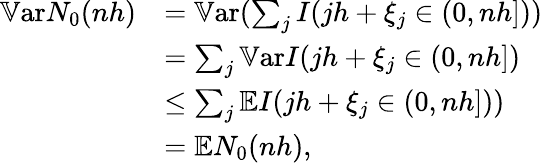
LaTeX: \begin{array}{rl}{\mathbb{V}\mathrm{ar}N_{0}(nh)}&{=\mathbb{V}\mathrm{ar}(\sum_{j}I(jh+\xi_{j}\in(0,nh]))}\\ &{=\sum_{j}\mathbb{V}\mathrm{ar}I(jh+\xi_{j}\in(0,nh])}\\ &{\leq\sum_{j}\mathbb{E}I(jh+\xi_{j}\in(0,nh]))}\\ &{=\mathbb{E}N_{0}(nh),}\end{array}